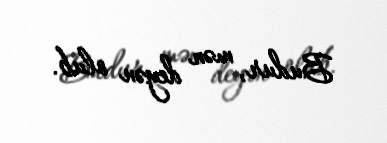
Budur, mən deyən olub.